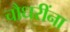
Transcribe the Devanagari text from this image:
चौधरींना